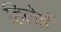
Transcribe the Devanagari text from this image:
हिलेई